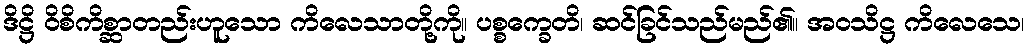
ဒိဋ္ဌိ ဝိစိကိစ္ဆာတည်းဟူသော ကိလေသာတို့ကို။ ပစ္စက္ခေတိ၊ ဆင်ခြင်သည်မည်၏။ အဝသိဋ္ဌ ကိလေသေ၊